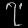
Digit: ၇